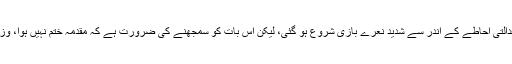
اس فیصلے کے بعد حکومتی جماعت کا جوش و خروش دیدنی تھا، عدالتی احاطے کے اندر سے شدید نعرے بازی شروع ہو گئی، لیکن اس بات کو سمجھنے کی ضرورت ہے کہ مقدمہ ختم نہیں ہوا، وزیراعظم کو خود کو بے گناہ ثابت کرنے کے لیے کچھ مہلت ملی ہے۔